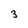
Character: 3